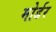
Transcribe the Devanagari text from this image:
मोर्डर